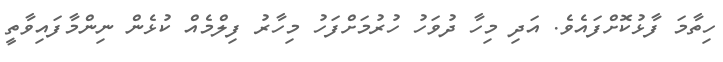
ހިތާމަ ފާޅުކޮށްފައެވެ. އަދި މިހާ ދުވަހު ހުރުމަށްފަހު މިހާރު ފިލްމެއް ކުޅެން ނިންމާފައިވާތީ